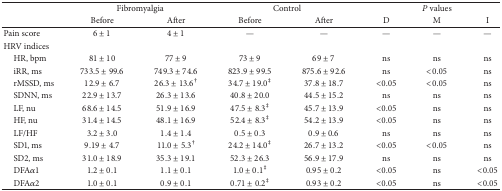
<table><thead><tr><td><b> </b></td><td colspan="2"><b>Fibromyalgia</b></td><td colspan="2"><b>Control</b></td><td colspan="3"><b><i>P</i> values</b></td></tr><tr><td><b> </b></td><td><b>Before</b></td><td><b>After</b></td><td><b>Before</b></td><td><b>After</b></td><td><b>D</b></td><td><b>M</b></td><td><b>I</b></td></tr></thead><tbody><tr><td>Pain score</td><td>6 ± 1</td><td>4 ± 1</td><td>—</td><td>—</td><td>—</td><td>—</td><td>—</td></tr><tr><td>HRV indices</td><td> </td><td> </td><td> </td><td> </td><td> </td><td> </td><td> </td></tr><tr><td> HR, bpm</td><td>81 ± 10</td><td>77 ± 9</td><td>73 ± 9</td><td>69 ± 7</td><td>ns</td><td>ns</td><td>ns</td></tr><tr><td> iRR, ms</td><td>733.5 ± 99.6</td><td>749.3 ± 74.6</td><td>823.9 ± 99.5</td><td>875.6 ± 92.6</td><td>ns</td><td>&lt;0.05</td><td>ns</td></tr><tr><td> rMSSD, ms</td><td>12.9 ± 6.7</td><td>26.3 ± 13.6<sup>†</sup></td><td>34.7 ± 19.0<sup>‡</sup></td><td>37.8 ± 18.7</td><td>&lt;0.05</td><td>&lt;0.05</td><td>ns</td></tr><tr><td> SDNN, ms</td><td>22.9 ± 13.7</td><td>26.3 ± 13.6</td><td>40.8 ± 20.0</td><td>44.5 ± 15.2</td><td>ns</td><td>ns</td><td>ns</td></tr><tr><td> LF, nu</td><td>68.6 ± 14.5</td><td>51.9 ± 16.9</td><td>47.5 ± 8.3<sup>‡</sup></td><td>45.7 ± 13.9</td><td>&lt;0.05</td><td>ns</td><td>ns</td></tr><tr><td> HF, nu</td><td>31.4 ± 14.5</td><td>48.1 ± 16.9</td><td>52.4 ± 8.3<sup>‡</sup></td><td>54.2 ± 13.9</td><td>&lt;0.05</td><td>ns</td><td>ns</td></tr><tr><td> LF/HF</td><td>3.2 ± 3.0</td><td>1.4 ± 1.4</td><td>0.5 ± 0.3</td><td>0.9 ± 0.6</td><td>ns</td><td>ns</td><td>ns</td></tr><tr><td> SD1, ms</td><td>9.19 ± 4.7</td><td>11.0 ± 5.3<sup>†</sup></td><td>24.2 ± 14.0<sup>‡</sup></td><td>26.7 ± 13.2</td><td>&lt;0.05</td><td>&lt;0.05</td><td>ns</td></tr><tr><td> SD2, ms</td><td>31.0 ± 18.9</td><td>35.3 ± 19.1</td><td>52.3 ± 26.3</td><td>56.9 ± 17.9</td><td>ns</td><td>ns</td><td>ns</td></tr><tr><td> DFA<i>α</i>1</td><td>1.2 ± 0.1</td><td>1.1 ± 0.1</td><td>1.0 ± 0.1<sup>‡</sup></td><td>0.95 ± 0.2</td><td>&lt;0.05</td><td>ns</td><td>&lt;0.05</td></tr><tr><td> DFA<i>α</i>2</td><td>1.0 ± 0.1</td><td>0.9 ± 0.1</td><td>0.71 ± 0.2<sup>‡</sup></td><td>0.93 ± 0.2</td><td>&lt;0.05</td><td>ns</td><td>&lt;0.05</td></tr></tbody></table>